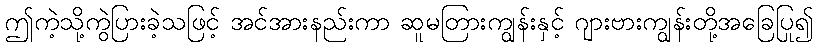
ဤကဲ့သို့ကွဲပြားခဲ့သဖြင့် အင်အားနည်းကာ ဆူမတြားကျွန်းနှင့် ဂျားဗားကျွန်းတို့အခြေပြု၍